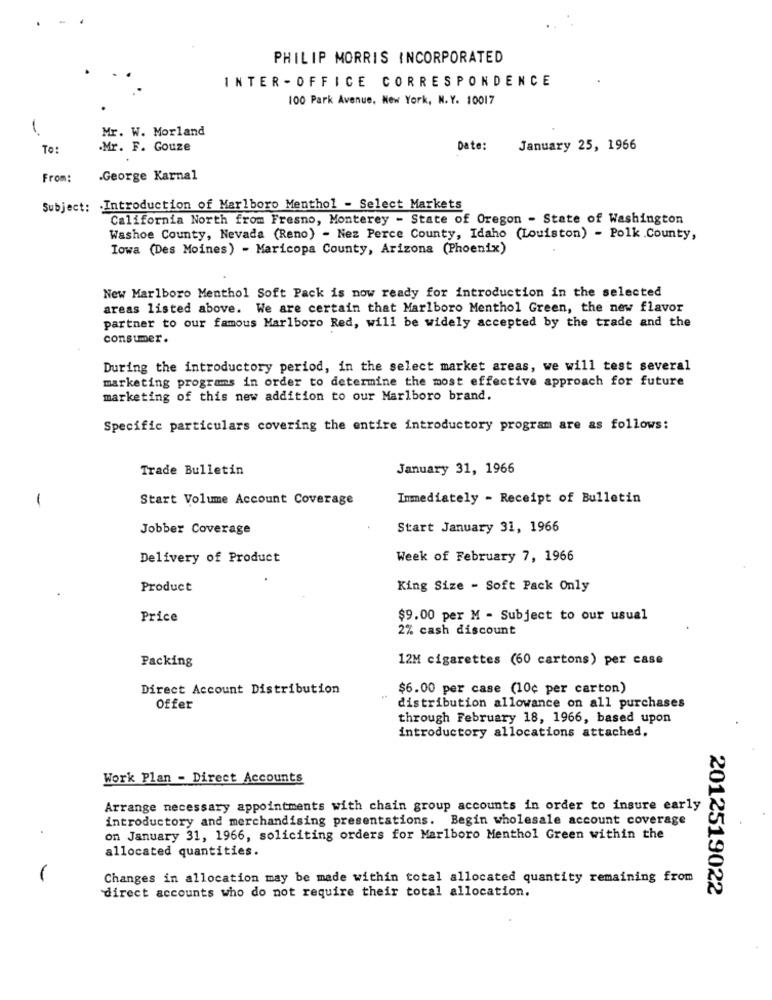
PHILIP MORRIS INCORPORATED
INTER - OFFICE CORRESPONDENCE
100 Park Avenue, New York, N.Y. 10017
1
Mr. W. Morland
To:
.Mr. F. Gouze
Date:
January 25, 1966
From:
.George Karnal
Subject: Introduction of Marlboro Menthol - Select Markets
California North from Fresno, Monterey - State of Oregon - State of Washington
Washoe County, Nevada (Reno) - Nez Perce County, Idaho (Louiston) - Polk County,
Iowa (Des Moines) - Maricopa County, Arizona (Phoenix)
New Marlboro Menthol Soft Pack is now ready for introduction in the selected
areas listed above. We are certain that Marlboro Menthol Green, the new flavor
partner to our famous Marlboro Red, will be widely accepted by the trade and the
consumer.
During the introductory period, in the select market areas, we will test several
marketing programs in order to determine the most effective approach for future
marketing of this new addition to our Marlboro brand.
Specific particulars covering the entire introductory program are as follows:
Trade Bulletin
January 31, 1966
-
Start Volume Account Coverage
Immediately - Receipt of Bulletin
Jobber Coverage
Start January 31, 1966
Delivery of Product
Week of February 7, 1966
Product
King Size - Soft Pack Only
Price
$9.00 per M - Subject to our usual
2% cash discount
Packing
12M cigarettes (60 cartons) per case
Direct Account Distribution
$6.00 per case (10¢ per carton)
Offer
distribution allowance on all purchases
through February 18, 1966, based upon
introductory allocations attached.
Work Plan - Direct Accounts
Arrange necessary appointments with chain group accounts in order to insure early
introductory and merchandising presentations. Begin wholesale account coverage
on January 31, 1966, soliciting orders for Marlboro Menthol Green within the
allocated quantities.
Changes in allocation may be made within total allocated quantity remaining from
direct accounts who do not require their total allocation.
2012519022